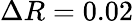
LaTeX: \Delta R=0.02